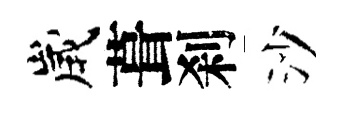
歲葺刹沙